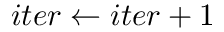
i t e r \gets i t e r + 1